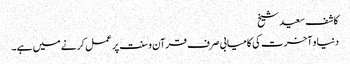
کاشف سعید شیخ
دنیا و آخرت کی کامیابی صرف قرآن و سنت پر عمل کرنے میں ہے۔